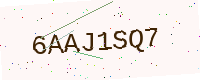
Text: 6AAJ1SQ7